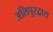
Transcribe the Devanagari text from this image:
अलिपुरद्वारा